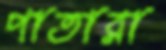
পাতারা